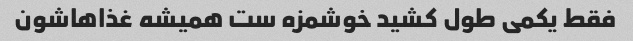
فقط یکمی طول کشید خوشمزه ست همیشه غذاهاشون